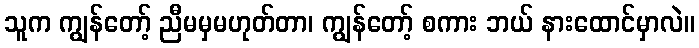
သူက ကျွန်တော့် ညီမမှမဟုတ်တာ၊ ကျွန်တော့် စကား ဘယ် နားထောင်မှာလဲ။